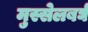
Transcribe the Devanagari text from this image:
मुस्सेलबर्घ